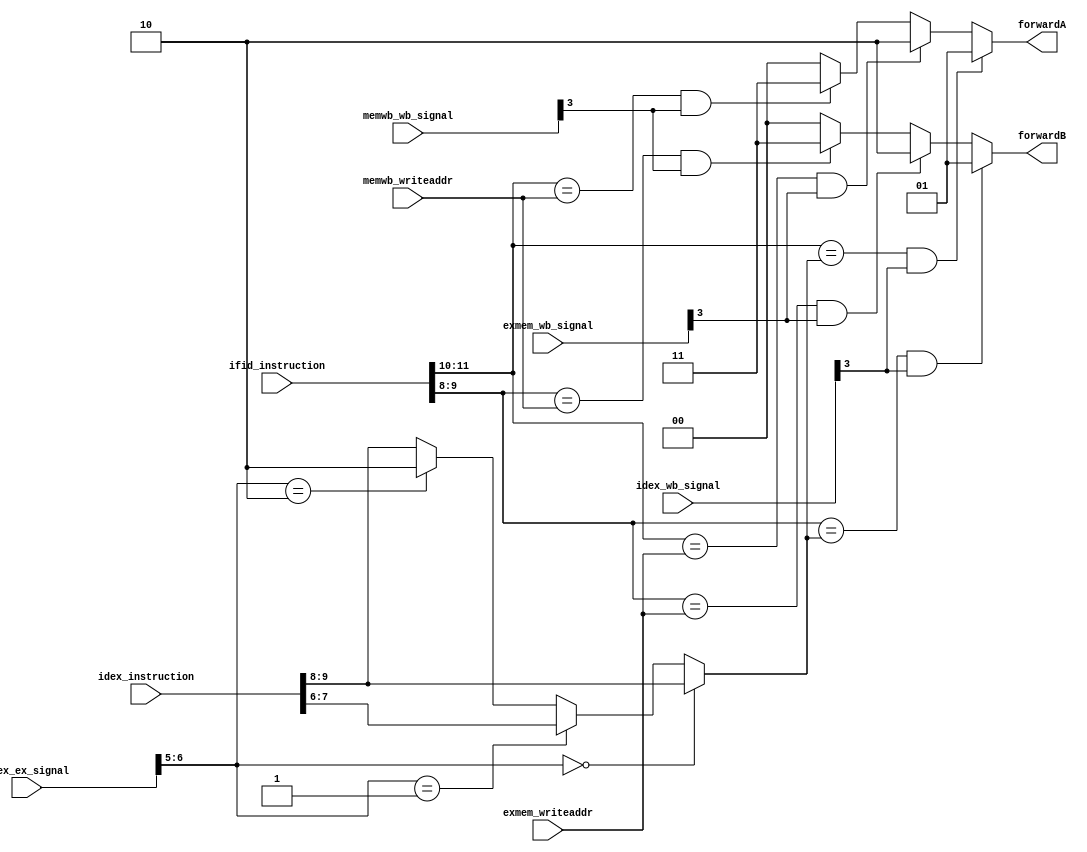

module Forwarding(ifid_instruction, idex_instruction, idex_ex_signal, idex_wb_signal, exmem_wb_signal, exmem_writeaddr, memwb_wb_signal, memwb_writeaddr, forwardA, forwardB);
    input [15:0] ifid_instruction;
    input [15:0] idex_instruction;
    input [6:0] idex_ex_signal;//{Regdst, ALUOp, ALUSrc}
    input [5:0] idex_wb_signal;//{MemtoReg, Regwrite, WWD, HLT, numinst_cond}
    input [5:0] exmem_wb_signal;
    input [1:0] exmem_writeaddr;
    input [5:0] memwb_wb_signal;
    input [1:0] memwb_writeaddr;

    output reg [1:0] forwardA;//0 for no forward, 1 for forward from ex stage, 2 for forward from mem stage, 3 for forward from wb stage
    output reg [1:0] forwardB;//0 for no forward, 1 for forward from ex stage, 2 for forward from mem stage, 3 for forward from wb stage

    wire [1:0] ifid_rs, ifid_rt, idex_writeaddr;

    assign ifid_rs = ifid_instruction[11:10];
    assign ifid_rt = ifid_instruction[9:8];
    assign idex_writeaddr = (idex_ex_signal[6:5] == 2'd0) ? idex_instruction[9:8] :
                            (idex_ex_signal[6:5] == 2'd1) ? idex_instruction[7:6] :
                            (idex_ex_signal[6:5] == 2'd2) ? 2'd2 : idex_instruction[9:8];

    always @(*) begin
        //forwardA
        if ((ifid_rs == idex_writeaddr) && idex_wb_signal[3]) begin
            forwardA = 2'd1;
        end
        else if((ifid_rs == exmem_writeaddr) && exmem_wb_signal[3]) begin
            forwardA = 2'd2;
        end
        else if((ifid_rs == memwb_writeaddr) && memwb_wb_signal[3]) begin
            forwardA = 2'd3;
        end
        else begin
            forwardA = 2'd0;
        end
        
        //forwardB
        if ((ifid_rt == idex_writeaddr) && idex_wb_signal[3]) begin
            forwardB = 2'd1;
        end
        else if((ifid_rt == exmem_writeaddr) && exmem_wb_signal[3]) begin
            forwardB = 2'd2;
        end
        else if((ifid_rt == memwb_writeaddr) && memwb_wb_signal[3]) begin
            forwardB = 2'd3;
        end
        else begin
            forwardB = 2'd0;
        end
    end    
endmodule